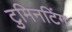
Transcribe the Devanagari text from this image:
टुमिनटिंग